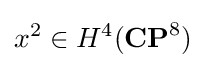
x^{2}\in H^{4}(\mathbf {CP} ^{8})